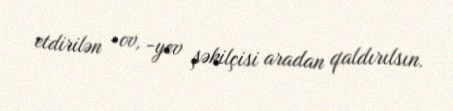
etdirilən -ov, -yev şəkilçisi aradan qaldırılsın.